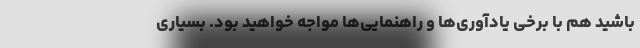
باشید هم با برخی یادآوری‌ها و راهنمایی‌ها مواجه خواهید بود. بسیاری